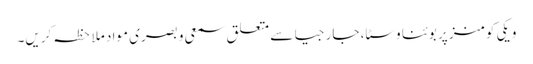
ویکی کومنز پر بوئنا وسٹا، جارجیا سے متعلق سمعی و بصری مواد ملاحظہ کریں۔